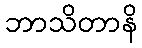
ဘာသိတာနိ